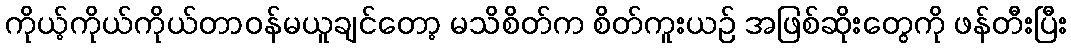
ကိုယ့်ကိုယ်ကိုယ်တာဝန်မယူချင်တော့ မသိစိတ်က စိတ်ကူးယဉ် အဖြစ်ဆိုးတွေကို ဖန်တီးပြီး